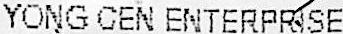
YONG CEN ENTERPRISE